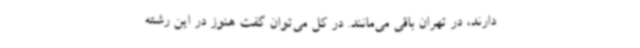
دارند، در تهران باقی می‌مانند. در کل می‌توان گفت هنوز در این رشته